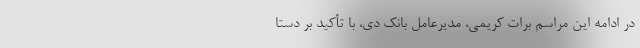
در ادامه این مراسم برات کریمی، مدیرعامل بانک دی، با تأکید بر دستا